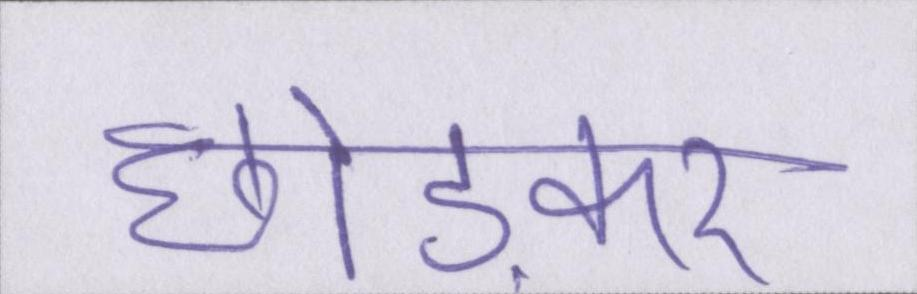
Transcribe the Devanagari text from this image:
छोङकर